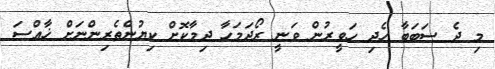
މި ދެ ސަބަބާ ހެދި ހަވީރުން ވަނީ ރޯދަމަހާ ދިމާކޮށް ކިޔުންތެރިންނަށް ޚާއްސަ